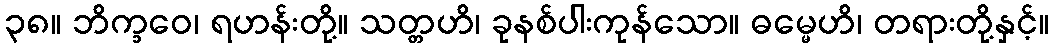
၃၈။ ဘိက္ခဝေ၊ ရဟန်းတို့။ သတ္တဟိ၊ ခုနစ်ပါးကုန်သော။ ဓမ္မေဟိ၊ တရားတို့နှင့်။